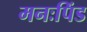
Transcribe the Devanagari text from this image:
मनःपिंड